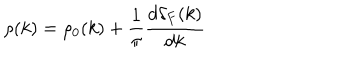
LaTeX: \rho ( k ) = \rho _ { 0 } ( k ) + \frac { 1 } { \pi } \frac { d \delta _ { F } ( k ) } { d k }